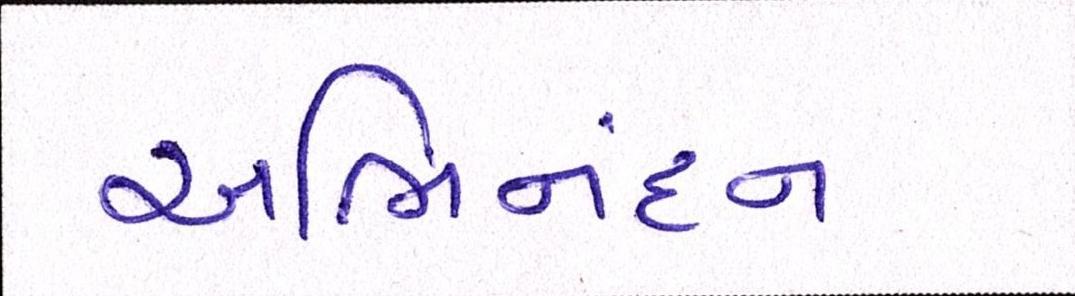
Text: અભિનંદન